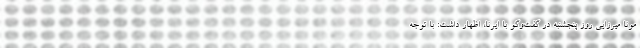
مونا میرزایی روز پنجشنبه در گفت‌وگو با ایرنا، اظهار داشت: با توجه